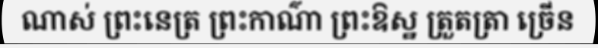
ណាស់ ព្រះនេត្រ ព្រះកាណ៌ា ព្រះឱស្ឋ ត្រួតត្រា ច្រើន